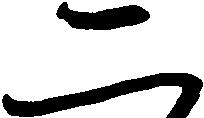
二